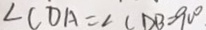
\angle C D A = \angle C D B = 9 0 ^ { \circ }